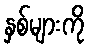
နှစ်များကို